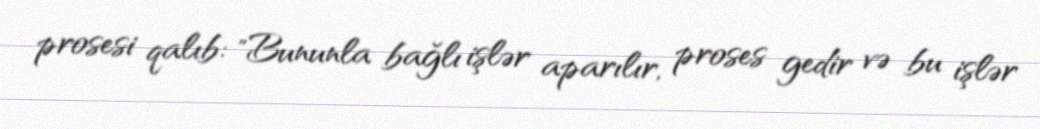
prosesi qalıb: "Bununla bağlı işlər aparılır, proses gedir və bu işlər